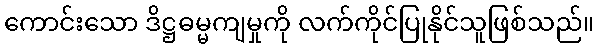
ကောင်းသော ဒိဋ္ဌဓမ္မကျမှုကို လက်ကိုင်ပြုနိုင်သူဖြစ်သည်။